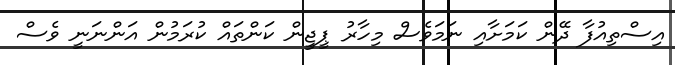
އިސްތިއުފާ ދޭން ކަމަށާއި ނަމަވެސް މިހާރު ޕީޖީން ކަންތައް ކުރަމުން އަންނަނީ ވެސް